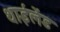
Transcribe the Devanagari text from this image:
थाईलेंड